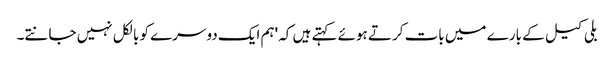
بلی کیل کے بارے میں بات کرتے ہوئے کہتے ہیں کہ 'ہم ایک دوسرے کو بالکل نہیں جانتے۔